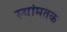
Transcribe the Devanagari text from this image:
स्यांमतक